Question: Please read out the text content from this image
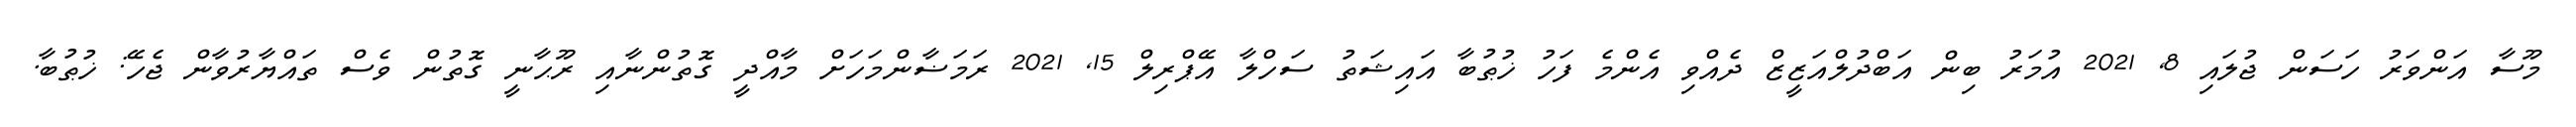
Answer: މޫސާ އަންވަރު ހަސަން ޖުލައި 8, 2021 އުމަރު ބިން އަބްދުލްއަޒީޒް ދެއްވި އެންމެ ފަހު ޚުޠުބާ އައިޝަތު ސަހްލާ އޭޕްރިލް 15, 2021 ރަމަޟާންމަހަށް މާއްދީ ގޮތުންނާއި ރޫޙާނީ ގޮތުން ވެސް ތައްޔާރުވާން ޖެހޭ: ޚުޠުބާ.